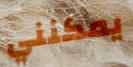
يمكنني